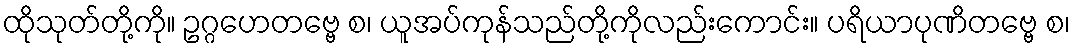
ထိုသုတ်တို့ကို။ ဥဂ္ဂဟေတဗ္ဗေ စ၊ ယူအပ်ကုန်သည်တို့ကိုလည်းကောင်း။ ပရိယာပုဏိတဗ္ဗေ စ၊